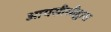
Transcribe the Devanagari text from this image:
आयसीसीद्वारा